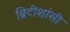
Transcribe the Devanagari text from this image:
ब्रिटीशांसी